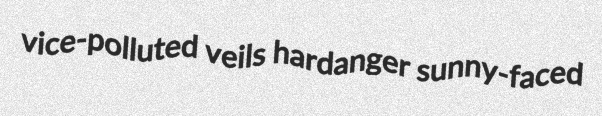
vice-polluted veils hardanger sunny-faced